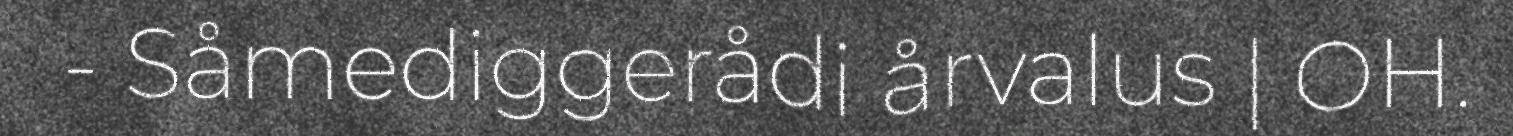
- Såmediggerådi årvalus | OH.